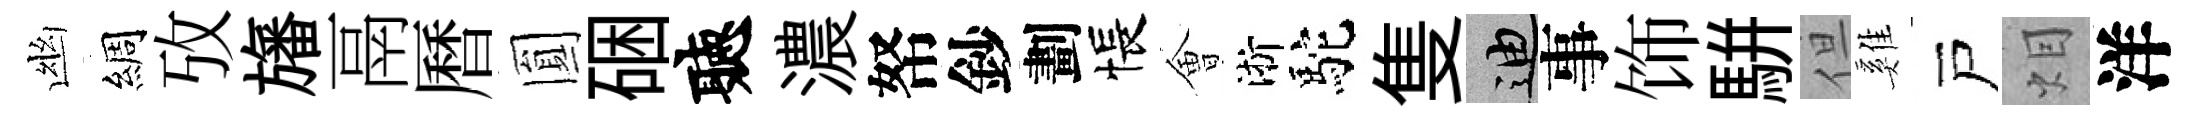
幽綢攷旛鬲曆圎硱聽濃帑鈔劃悵㑹淅駝隻迪事饰駢但雞戸𤇆洋